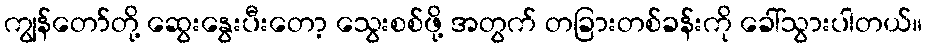
ကျွန်တော်တို့ ဆွေးနွေးပီးတော့ သွေးစစ်ဖို့ အတွက် တခြားတစ်ခန်းကို ခေါ်သွားပါတယ်။